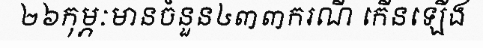
២៦កុម្ភៈមានចំនួន៤៣៣ករណី កើនឡើង